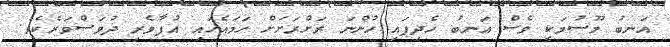
އަނބު މޫސުމަކީ ވެސް އަނބު ހެދިފައި ހުންނަ ރަށްރަށަށް ހަމައެހައި އުފާވެރި ދުވަސްވަރެކެވެ.